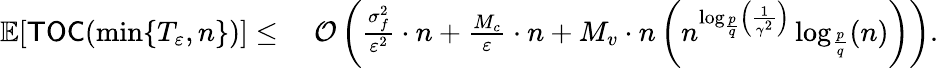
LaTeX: \begin{array}{rl}{\mathbb{E}[\mathsf{TOC}(\operatorname*{min}\{ T_{\varepsilon},n\} )]\leq\; }&{{\cal O}\left(\frac{\sigma_{f}^{2}}{\varepsilon^{2}}\cdot n+\frac{M_{c}}{\varepsilon}\cdot n+M_{v}\cdot n\left(n^{\log_{\frac{p}{q}}\left(\frac{1}{\gamma^{2}}\right)}\log_{\frac{p}{q}}(n)\right)\right).}\end{array}